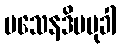
ပသေနဒိပမုခါ